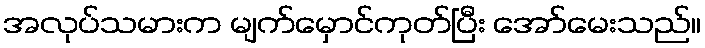
အလုပ်သမားက မျက်မှောင်ကုတ်ပြီး အော်မေးသည်။